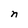
Character: n